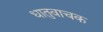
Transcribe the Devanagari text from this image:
धातुवाचक